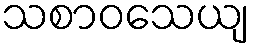
သစာဝသေယျ